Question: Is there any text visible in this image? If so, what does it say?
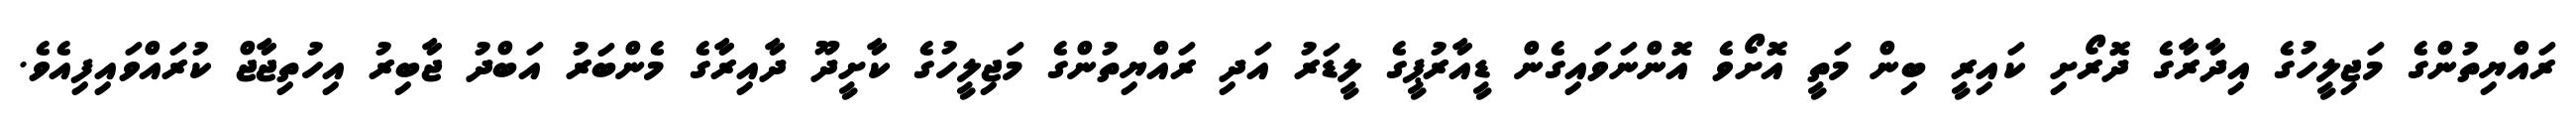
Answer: ރައްޔިތުންގެ މަޖިލީހުގެ އިދާރާގެ ދޮރޯށި ކައިރީ ބިން މަތީ އޮށޯވެ އޮންނަވައިގެން ޑީއާރުޕީގެ ލީޑަރު އަދި ރައްޔިތުންގެ މަޖިލީހުގެ ކާށީދޫ ދާއިރާގެ މެންބަރު އަބްދު ޖާބިރު އިހުތިޖާޖް ކުރައްވައިފިއެވެ.